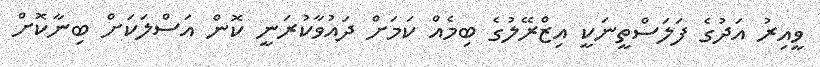
ވީއިރު އަދުގެ ފަލަސްތީނަކީ އިޒްރޭލުގެ ބިމެއް ކަމަށް ދައުވާކުރަނީ ކޮން އަސްލަކަށް ބިނާކޮށް